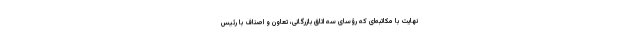
نهایت با مکاتبه‌ای که رؤسای سه اتاق بازرگانی، تعاون و اصناف با رئیس